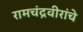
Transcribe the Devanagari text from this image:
रामचंद्रवीरांचे